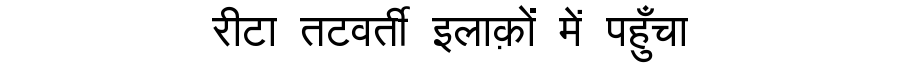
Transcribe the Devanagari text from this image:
रीटा तटवर्ती इलाक़ों में पहुँचा